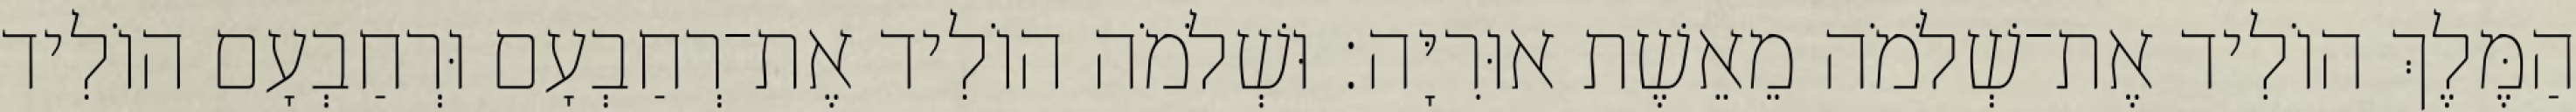
הַמֶּלֶךְ הוֹלִיד אֶת־שְׁלֹמֹה מֵאֵשֶׁת אוּרִיָּה׃ וּשְׁלֹמֹה הוֹלִיד אֶת־רְחַבְעָם וּרְחַבְעָם הוֹלִיד